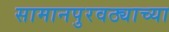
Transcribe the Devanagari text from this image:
सामानपुरवठ्याच्या